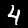
Label: 4